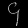
Digit: ၄